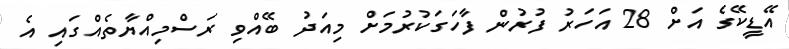
އޭޑީކޭގެ އަށް 28 އަހަރު ފުރުން ފާހަގަކުރުމަށް މިއަދު ބޭއްވި ރަސްމިއްޔާތެއްގައި އެ